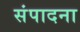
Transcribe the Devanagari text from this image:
संपादना